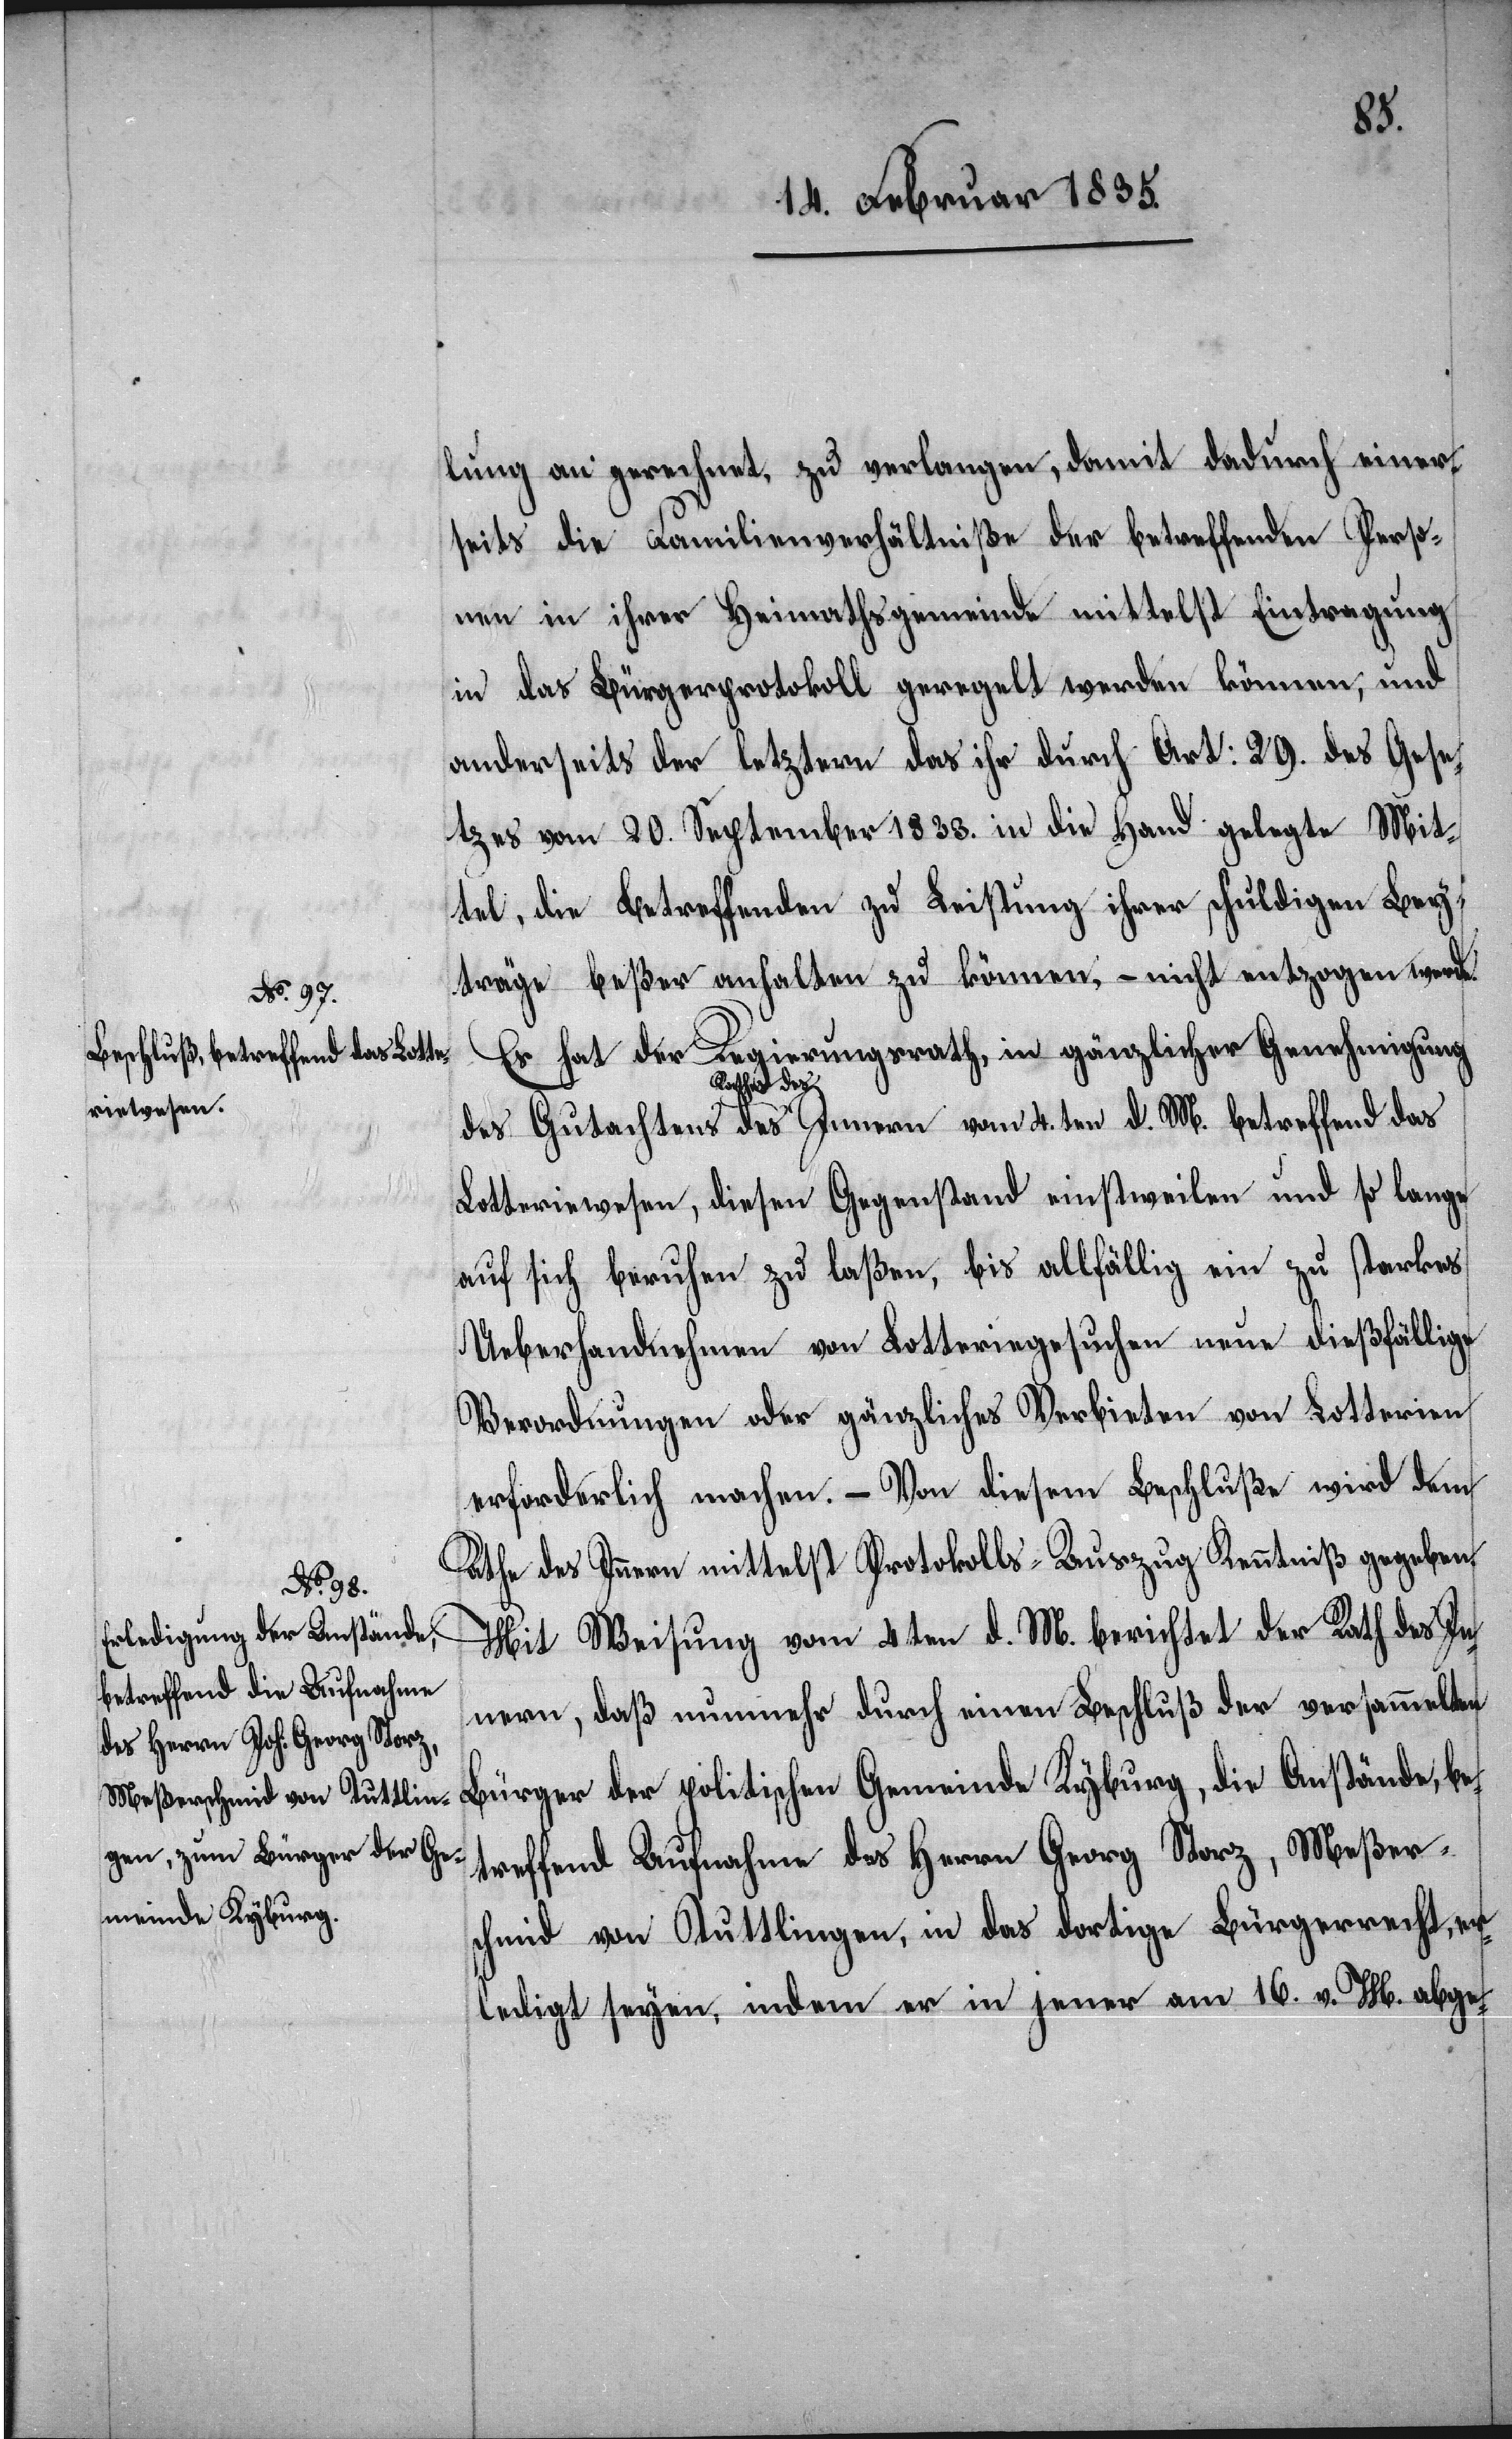
4.ten d.

lung an gerechnet, zu verlangen, damit dadurch einer¬
seits die Familienverhältniße der betreffenden Perso¬
nen in ihrer Heimathsgemeinde mittelst Eintragung
in das Bürgerprotokoll geregelt werden können, und
anderseits der letztern das ihr durch Art: 29. des Gese¬
tzes vom 20. September 1833. in die Hand gelegte Mit¬
tel, die Betreffenden zu Leistung ihrer schuldigen Bey¬
träge beßer anhalten zu können, – nicht entzogen werde.
Es hat der Regierungsrath, in gänzlicher Genehmigung
Rathes des
Lotteriewesen, diesen Gegenstand einstweilen und so lange
auf sich beruhen zu laßen, bis allfällig ein zu starkes
Ueberhandnehmen von Lotteriegesuchen neue dießfällige
Verordnungen oder gänzliches Verbieten von Lotterien
erforderlich machen. – Von diesem Beschluße wird dem
Rathe des Innern mittelst Protokolls-Auszug Kenntniß gegeben.
Mit Weisung vom 4 ten d. M. berichtet der Rath des In¬
nern, daß nunmehr durch einen Beschluß der versammelten
Bürger der politischen Gemeinde Kyburg, die Anstände, be¬
treffend Aufnahme des Herrn Georg Storz, Meßer¬
schmid von Tuttlingen, in das dortige Bürgerrecht, er¬
ledigt seyen, indem er in jener am 16. v. M. abge-